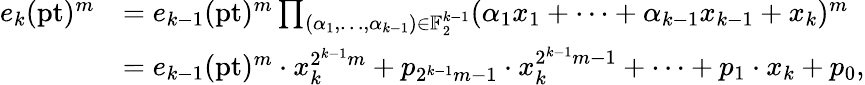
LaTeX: \begin{array}{rl}{e_{k}(\mathrm{pt})^{m}}&{=e_{k-1}(\mathrm{pt})^{m}\prod_{(\alpha_{1},\dots,\alpha_{k-1})\in\mathbb{F}_{2}^{k-1}}(\alpha_{1}x_{1}+\cdots+\alpha_{k-1}x_{k-1}+x_{k})^{m}}\\ &{=e_{k-1}(\mathrm{pt})^{m}\cdot x_{k}^{2^{k-1}m}+p_{2^{k-1}m-1}\cdot x_{k}^{2^{k-1}m-1}+\cdots+p_{1}\cdot x_{k}+p_{0},}\end{array}